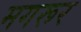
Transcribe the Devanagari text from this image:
मगरूर